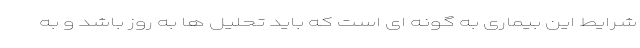
شرایط این بیماری به گونه ای است که باید تحلیل ها به روز باشد و به